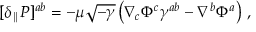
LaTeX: [ \delta _ { \parallel } { \cal P } ] ^ { a b } = - \mu \sqrt { - \gamma } \left( \nabla _ { c } \Phi ^ { c } \gamma ^ { a b } - \nabla ^ { b } \Phi ^ { a } \right) \, ,